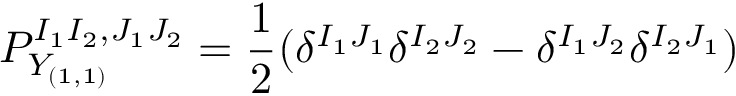
P _ { Y _ { ( 1 , 1 ) } } ^ { I _ { 1 } I _ { 2 } , J _ { 1 } J _ { 2 } } = \frac { 1 } { 2 } ( \delta ^ { I _ { 1 } J _ { 1 } } \delta ^ { I _ { 2 } J _ { 2 } } - \delta ^ { I _ { 1 } J _ { 2 } } \delta ^ { I _ { 2 } J _ { 1 } } )